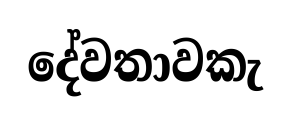
දේවතාවකැ